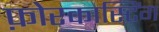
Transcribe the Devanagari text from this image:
फ़ोरकास्टिंग